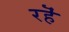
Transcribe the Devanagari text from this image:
रहॆं